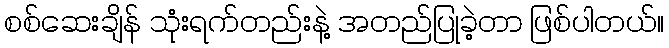
စစ်ဆေးချိန် သုံးရက်တည်းနဲ့ အတည်ပြုခဲ့တာ ဖြစ်ပါတယ်။